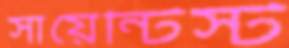
সায়েন্টিস্ট